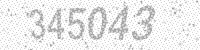
Solution: 345043